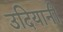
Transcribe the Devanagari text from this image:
उदियानी